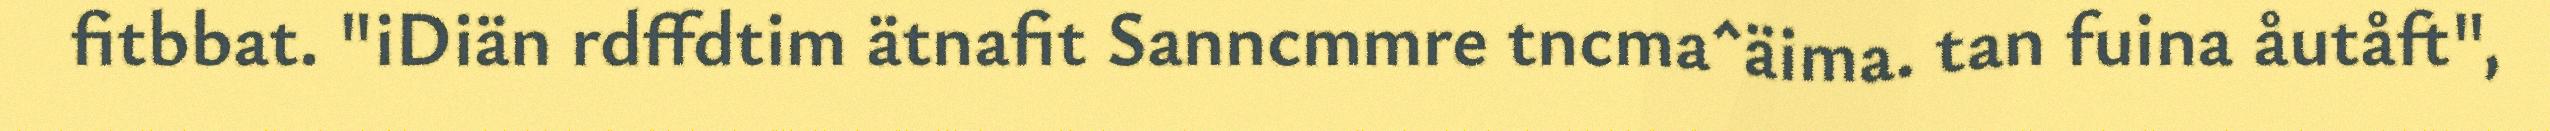
fitbbat. "iDiän rdffdtim ätnafit Sanncmmre tncma^äima. tan fuina åutåft",